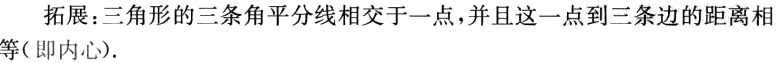
拓展：三角形的三条角平分线相交于一点，并且这一点到三条边的距离相等（即内心).